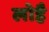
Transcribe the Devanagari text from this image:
लोहै